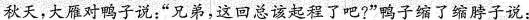
秋天，大雁对鸭子说：”兄弟，这回总该起程了吧?”鸭子缩了缩脖子说：